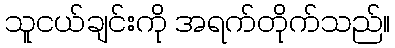
သူငယ်ချင်းကို အရက်တိုက်သည်။